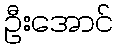
ဦးအောင်